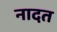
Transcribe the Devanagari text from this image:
नादत